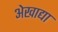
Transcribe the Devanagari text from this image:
अेखाद्या